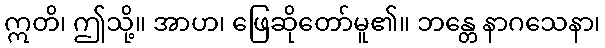
ဣတိ၊ ဤသို့။ အာဟ၊ ဖြေဆိုတော်မူ၏။ ဘန္တေ နာဂသေနာ၊